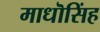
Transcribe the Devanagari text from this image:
माधॊसिंह